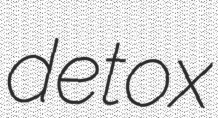
detox